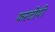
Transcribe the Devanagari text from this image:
फरटोपी